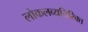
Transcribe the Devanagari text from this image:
लोकलव्यतिरिक्त